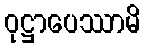
ဝုဋ္ဌာပေဿာမိ